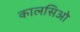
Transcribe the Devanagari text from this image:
कालसिओ